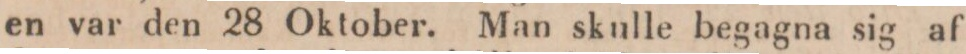
en var den 28 Oktober. Man skulle begagna sig af